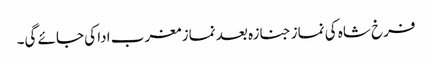
فرخ شاہ کی نماز جنازہ بعد نماز مغرب ادا کی جائے گی۔